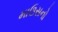
માઉસનો